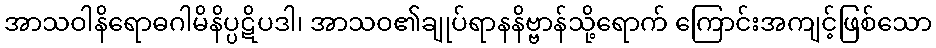
အာသဝါနိရောဓဂါမိနိပ္ပဋိပဒါ၊ အာသဝ၏ချုပ်ရာနနိဗ္ဗာန်သို့ရောက် ကြောင်းအကျင့်ဖြစ်သော